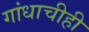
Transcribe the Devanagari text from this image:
गांधाचीही